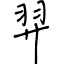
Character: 羿